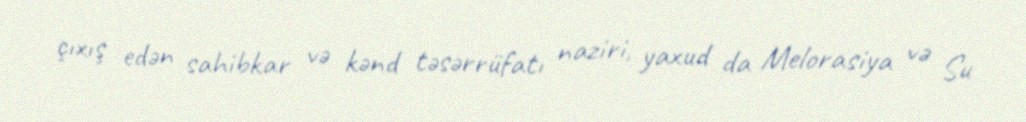
çıxış edən sahibkar və kənd təsərrüfatı naziri, yaxud da Melorasiya və Su